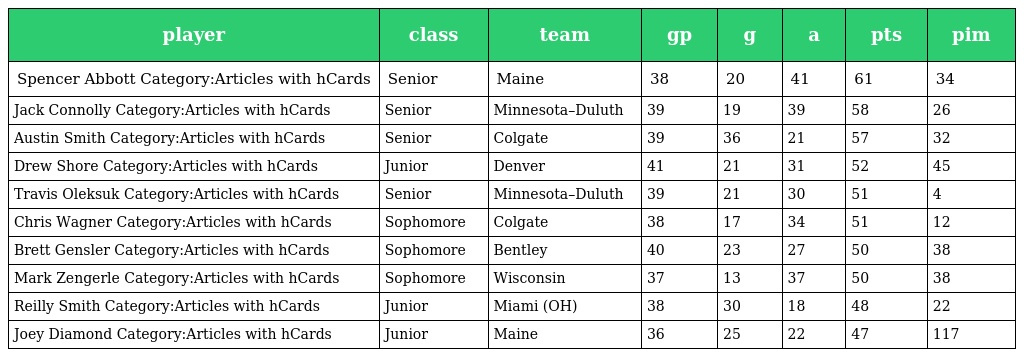
| player | class | team | gp | g | a | pts | pim |
 | --- | --- | --- | --- | --- | --- | --- | --- |
 | Spencer Abbott Category:Articles with hCards | Senior | Maine | 38 | 20 | 41 | 61 | 34 |
 | Jack Connolly Category:Articles with hCards | Senior | Minnesota–Duluth | 39 | 19 | 39 | 58 | 26 |
 | Austin Smith Category:Articles with hCards | Senior | Colgate | 39 | 36 | 21 | 57 | 32 |
 | Drew Shore Category:Articles with hCards | Junior | Denver | 41 | 21 | 31 | 52 | 45 |
 | Travis Oleksuk Category:Articles with hCards | Senior | Minnesota–Duluth | 39 | 21 | 30 | 51 | 4 |
 | Chris Wagner Category:Articles with hCards | Sophomore | Colgate | 38 | 17 | 34 | 51 | 12 |
 | Brett Gensler Category:Articles with hCards | Sophomore | Bentley | 40 | 23 | 27 | 50 | 38 |
 | Mark Zengerle Category:Articles with hCards | Sophomore | Wisconsin | 37 | 13 | 37 | 50 | 38 |
 | Reilly Smith Category:Articles with hCards | Junior | Miami (OH) | 38 | 30 | 18 | 48 | 22 |
 | Joey Diamond Category:Articles with hCards | Junior | Maine | 36 | 25 | 22 | 47 | 117 |